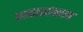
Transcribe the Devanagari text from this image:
व्यवहारातरात